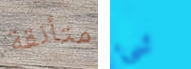
متأنقة شيء